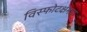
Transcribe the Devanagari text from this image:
विस्फोटक्षमता